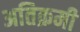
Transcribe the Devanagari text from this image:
अतिक्रमी